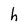
Character: h